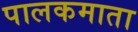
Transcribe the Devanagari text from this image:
पालकमाता